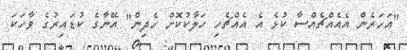
"އަހަރެން އެއެއްޗެއްސާ ކުޅެ އެ އެއްޗެހި ހަލާކުކޮށް ހެދިން" އޭނާގެ ކުޑައިރުގެ ވާހަކަ